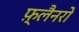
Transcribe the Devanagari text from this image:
फ़्लैनरो